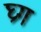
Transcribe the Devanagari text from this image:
घ्रग